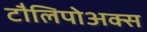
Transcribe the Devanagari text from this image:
टौलिपोअक्स